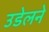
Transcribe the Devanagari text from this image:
उडेलने